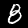
Label: 8